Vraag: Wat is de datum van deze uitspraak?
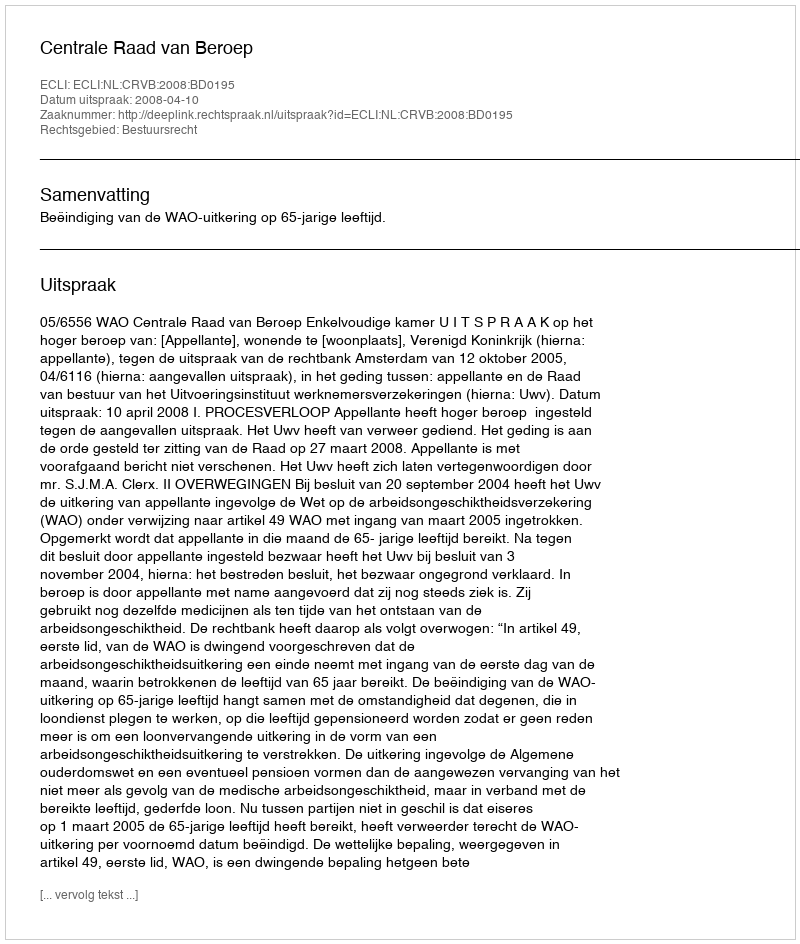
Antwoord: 2008-04-10